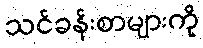
သင်ခန်းစာများကို